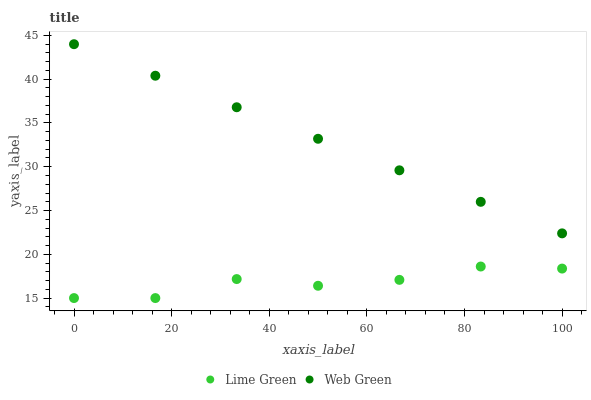
| xaxis_label | Lime Green | Web Green |
 | --- | --- | --- |
 | 0 | 15 | 44 |
 | 16.7 | 15 | 40.4 |
 | 33.3 | 17.2 | 36.8 |
 | 50 | 16.4 | 33.2 |
 | 66.7 | 17.1 | 29.6 |
 | 83.3 | 18.6 | 26 |
 | 100 | 18.4 | 22.4 |